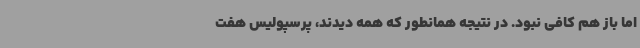
اما باز هم کافی نبود. در نتیجه همانطور که همه دیدند، پرسپولیس هفت